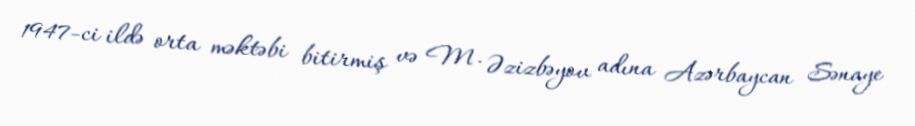
1947-ci ildə orta məktəbi bitirmiş və M. Əzizbəyov adına Azərbaycan Sənaye